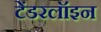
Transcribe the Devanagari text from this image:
टेंडरलॉइन